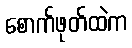
စောက်ဖုတ်ထဲက